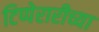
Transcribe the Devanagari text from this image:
टिप्पेरारीच्या